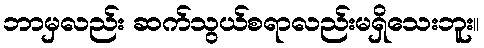
ဘာမှလည်း ဆက်သွယ်စရာလည်းမရှိသေးဘူး။